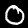
Label: 0